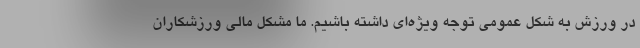
در ورزش به شکل عمومی توجه ویژه‌ای داشته باشیم. ما مشکل مالی ورزشکاران